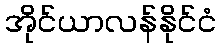
အိုင်ယာလန်နိုင်ငံ